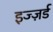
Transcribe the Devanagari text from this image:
इज्ज़र्ड